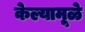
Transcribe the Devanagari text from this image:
केल्यामूळे